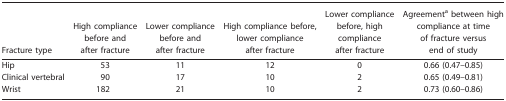
<table><thead><tr><td><b>Fracture type</b></td><td><b>High compliance before and after fracture</b></td><td><b>Lower compliance before and after fracture</b></td><td><b>High compliance before, lower compliance after fracture</b></td><td><b>Lower compliance before, high compliance after fracture</b></td><td><b>Agreementa between high compliance at time of fracture versus end of study</b></td></tr></thead><tbody><tr><td>Hip</td><td>53</td><td>11</td><td>12</td><td>0</td><td>0.66 (0.47–0.85)</td></tr><tr><td>Clinical vertebral</td><td>90</td><td>17</td><td>10</td><td>2</td><td>0.65 (0.49–0.81)</td></tr><tr><td>Wrist</td><td>182</td><td>21</td><td>10</td><td>2</td><td>0.73 (0.60–0.86)</td></tr></tbody></table>